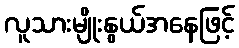
လူသားမျိုးနွယ်အနေဖြင့်